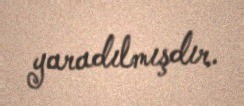
yaradılmışdır.